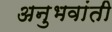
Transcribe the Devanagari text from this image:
अनुभवांती